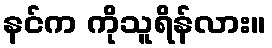
နင်က ကိုသူရိန်လား။